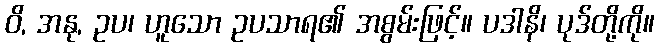
ဝိ, အနု, ဥပ၊ ဟူသော ဥပသာရ၏ အစွမ်းဖြင့်။ ပဒါနိ၊ ပုဒ်တို့ကို။